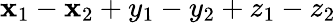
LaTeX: \mathbf{x}_{1}-\mathbf{x}_{2}+y_{1}-y_{2}+z_{1}-z_{2}